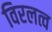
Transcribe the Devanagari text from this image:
विरलत्व